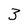
Character: 3